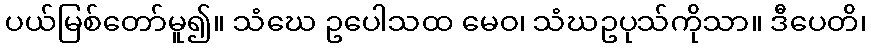
ပယ်မြစ်တော်မူ၍။ သံဃေ ဥပေါသထ မေဝ၊ သံဃဥပုသ်ကိုသာ။ ဒီပေတိ၊